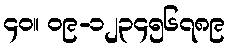
၄၀။ ၀၉-၁၂၃၄၅၆၇၈၉